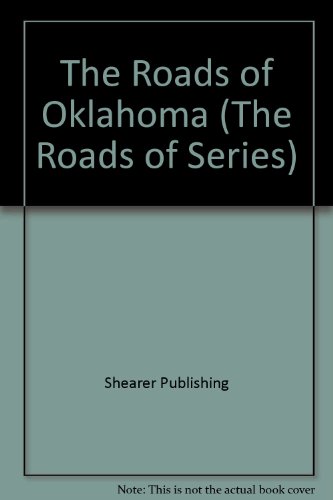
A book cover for The Roads of Oklahoma (The Roads of Series); Shearer Publishing; Travel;